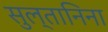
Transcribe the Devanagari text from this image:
सुल्तानिना